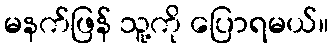
မနက်ဖြန် သူ့ကို ပြောရမယ်။